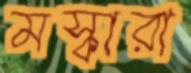
মস্কারা